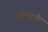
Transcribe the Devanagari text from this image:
लोभिनी